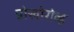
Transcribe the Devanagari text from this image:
प्रोखोरोव्ह